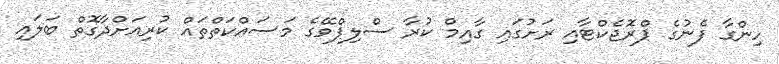
ހިންގާ ފެނުގެ ޕްރޮޖެކްޓާއި ރަށުގައި ގާއިމް ކުރާ ސްލިޕްވޭގެ މަސައްކަތްތައް ކުރިއަށްދާގޮތް ބަލައި